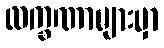
လက္ခဏာများမှာ